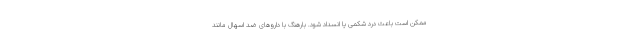
ممکن است باعث درد شکمی یا انسداد شود. بارهنگ با داروهای ضد اسهال مانند